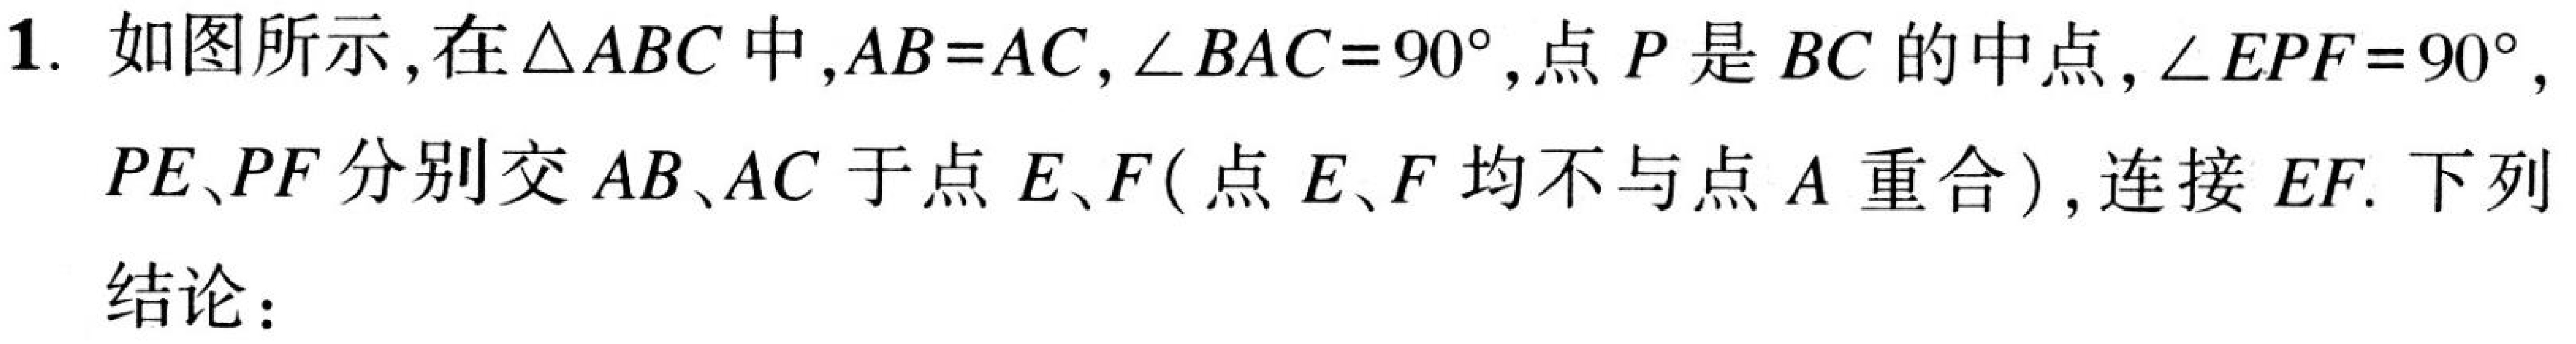
1. 如图所示，在\(\triangle ABC\)中，\(AB = AC\)，\(\angle BAC = 90^{\circ}\)，点\(P\)是\(BC\)的中点，\(\angle EPF = 90^{\circ}\)，
\(PE、PF\)分别交\(AB、AC\)于点\(E、F\)(点\(E、F\)均不与点\(A\)重合)，连接\(EF\). 下列
结论：